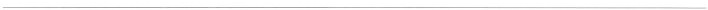
___